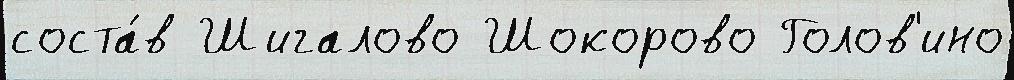
соста́в Шигалово Шокорово Голов'ино